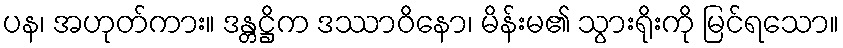
ပန၊ အဟုတ်ကား။ ဒန္တဋ္ဌိက ဒဿာဝိနော၊ မိန်းမ၏ သွားရိုးကို မြင်ရသော။